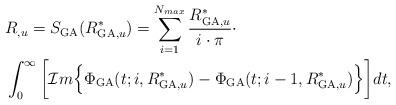
LaTeX: \begin{align*} &\!\!\!\!\!\! R_{,u} = S_{\mathrm{GA}}(R_{\mathrm{GA},u}^*)= \sum_{i=1}^{N_{max}} \frac{R_{\mathrm{GA},u}^*}{i\cdot\pi} \cdot \\ &\!\!\!\!\!\! \int_{0}^{\infty} \bigg[ \mathcal{I}m \Big\{ \Phi_{\mathrm{GA}}(t;i, R_{\mathrm{GA},u}^*) - \Phi_{\mathrm{GA}}(t;i-1,R_{\mathrm{GA},u}^*) \Big\} \bigg] dt, \end{align*}